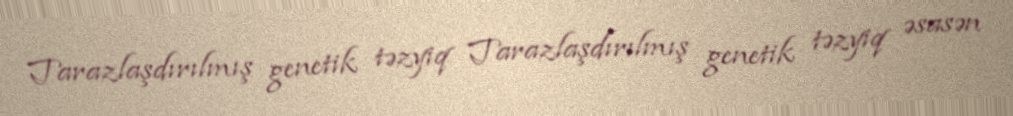
Tarazlaşdırılmış genetik təzyiq Tarazlaşdırılmış genetik təzyiq əsasən